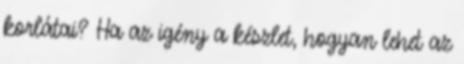
korlátai? Ha az igény a készlet, hogyan lehet az